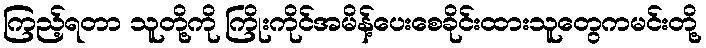
ကြည့်ရတာ သူတို့ကို ကြိုးကိုင်အမိန့်ပေးစေခိုင်းထားသူတွေကမင်းတို့